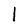
Character: 1